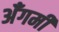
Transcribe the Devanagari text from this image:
अँगमी